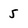
Character: 5